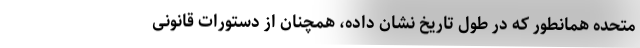
متحده همانطور که در طول تاریخ نشان داده، همچنان از دستورات قانونیِ